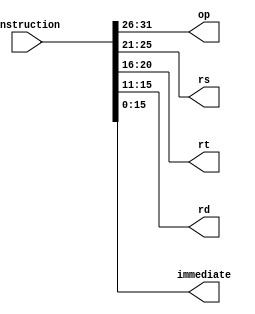
`timescale 1ns / 1ps
//////////////////////////////////////////////////////////////////////////////////
// Company: SYSU
// 
// Design Name: 
// Module Name:    WireDistributor 
// Project Name: 
// Target Devices: 
// Tool versions: 
// Description: 
//
// Dependencies: 
//
// Revision: 
// Revision 0.01 - File Created
// Additional Comments: 
//
//////////////////////////////////////////////////////////////////////////////////
module WireDistributor(
	input [31:0] instruction,
	output wire [5:0] op,
	output wire [4:0] rs,
	output wire [4:0] rt,
	output wire [4:0] rd,
	output wire [15:0] immediate
    );
	 
	 // MIPS32wirerd
	 assign op = instruction[31:26];
	 assign rs = instruction[25:21];
	 assign rt = instruction[20:16];
	 assign rd = instruction[15:11];
	 assign immediate = instruction[15:0];
endmodule